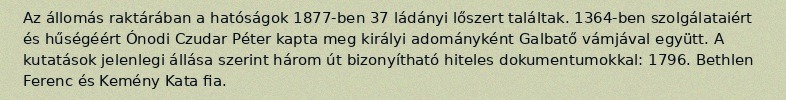
Az állomás raktárában a hatóságok 1877-ben 37 ládányi lőszert találtak. 1364-ben szolgálataiért és hűségéért Ónodi Czudar Péter kapta meg királyi adományként Galbatő vámjával együtt. A kutatások jelenlegi állása szerint három út bizonyítható hiteles dokumentumokkal: 1796. Bethlen Ferenc és Kemény Kata fia.